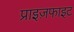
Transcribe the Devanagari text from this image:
प्राइज़फाइट